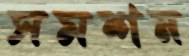
সমশন